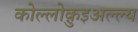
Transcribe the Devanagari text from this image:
कोल्लोक़ुइअल्ल्य